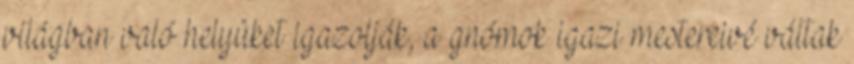
világban való helyüket igazolják, a gnómok igazi mestereivé váltak